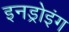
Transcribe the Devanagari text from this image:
इनड्रोइंग